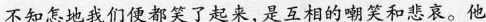
不知怎地我们便都笑了起来,是互相的嘲笑和悲哀。他